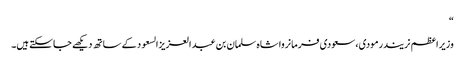
“
وزیراعظم نریندرمودی، سعودی فرمانروا شاہ سلمان بن عبد العزیزالسعود کے ساتھ دیکھے جاسکتے ہیں۔